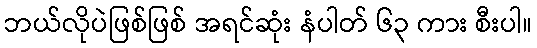
ဘယ်လိုပဲဖြစ်ဖြစ် အရင်ဆုံး နံပါတ် ၆၃ ကား စီးပါ။